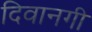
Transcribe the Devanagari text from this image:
दिवानगी